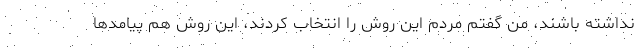
نداشته باشند، من گفتم مردم این روش را انتخاب کردند، این روش هم پیامدها